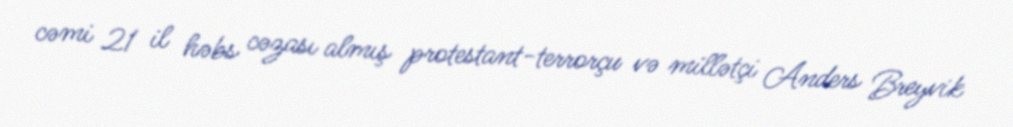
cəmi 21 il həbs cəzası almış protestant-terrorçu və millətçi Anders Breyvik